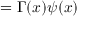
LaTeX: \, = \Gamma ( x ) \psi ( x )